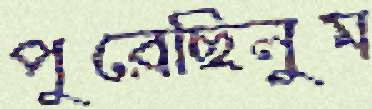
পুরেছিলুম